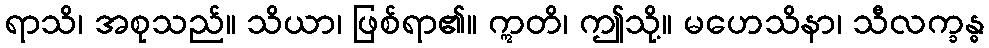
ရာသိ၊ အစုသည်။ သိယာ၊ ဖြစ်ရာ၏။ ဣတိ၊ ဤသို့။ မဟေသိနာ၊ သီလက္ခန္ဓ